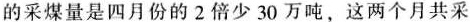
的采煤量是四月份的2倍少30万吨，这两个月共采